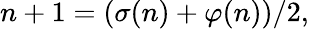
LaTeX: n+1=(\sigma(n)+\varphi(n))/2,